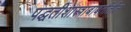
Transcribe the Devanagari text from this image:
पद्धतीशास्त्राबाबतीतील